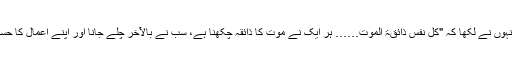
روزنامہ پاکستان میں انہوں نے لکھا کہ "کُل نفس ذائقۃ الموت…… ہر ایک نے موت کا ذائقہ چکھنا ہے، سب نے بالآخر چلے جانا اور اپنے اعمال کا حساب کتاب بھی دینا ہے۔